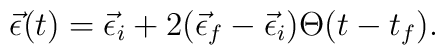
\vec\epsilon(t)=\vec\epsilon_i+2(\vec\epsilon_f-\vec\epsilon_i)\Theta(t-t_f).